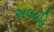
અલયહિ